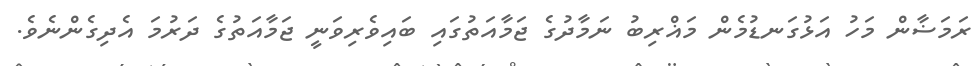
ރަމަޟާން މަހު އަޅުގަނޑުމެން މަޣްރިބު ނަމާދުގެ ޖަމާއަތުގައި ބައިވެރިވަނީ ޖަމާއަތުގެ ދަރުމަ އެދިގެންނެވެ.